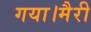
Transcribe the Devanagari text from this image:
गया।मैरी